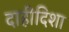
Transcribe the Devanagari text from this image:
दाहीदिशा